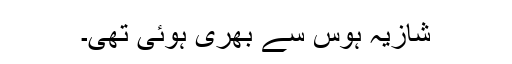
شازیہ ہوس سے بھری ہوئی تھی۔